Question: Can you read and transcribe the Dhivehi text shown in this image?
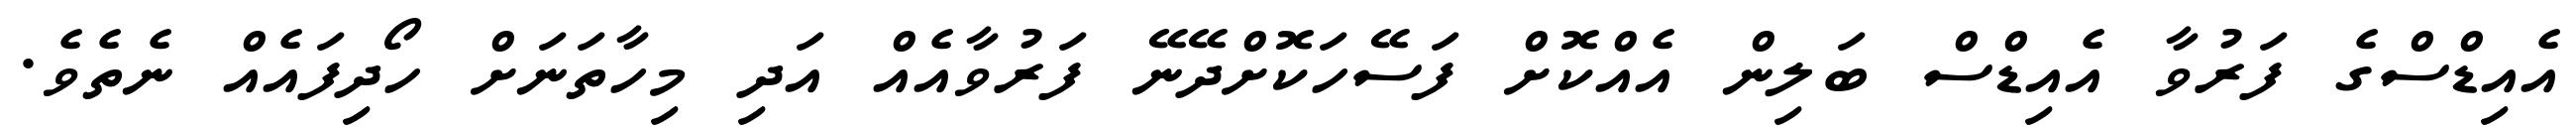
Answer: އެއިޑްސްގެ ފަރުވާ އެއިޑްސް ބަލިން އެއްކޮށް ފަސޭހަކޮށްދޭނޭ ފަރުވާއެއް އަދި މިހާތަނަށް ހޯދިފައެއް ނެތެވެ.